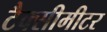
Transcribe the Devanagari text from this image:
टैक्सीमीटर